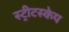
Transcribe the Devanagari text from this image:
स्ट्रीटस्केप